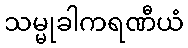
သမ္မုခါကရဏီယံ